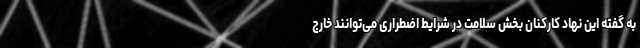
به گفته این نهاد کارکنان بخش سلامت در شرایط اضطراری می‌توانند خارج